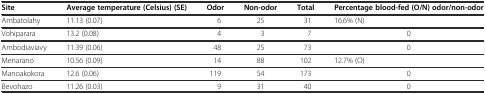
<table><thead><tr><td><b>Site</b></td><td><b>Average temperature (Celsius) (SE)</b></td><td><b>Odor</b></td><td><b>Non-odor</b></td><td><b>Total</b></td><td><b>Percentage blood-fed (O/N) odor/non-odor</b></td></tr></thead><tbody><tr><td>Ambatolahy</td><td>11.13 (0.07)</td><td>6</td><td>25</td><td>31</td><td>16.6% (N)</td></tr><tr><td>Vohiparara</td><td>13.2 (0.08)</td><td>4</td><td>3</td><td>7</td><td>0</td></tr><tr><td>Ambodiaviavy</td><td>11.39 (0.06)</td><td>48</td><td>25</td><td>73</td><td>0</td></tr><tr><td>Menarano</td><td>10.56 (0.09)</td><td>14</td><td>88</td><td>102</td><td>12.7% (O)</td></tr><tr><td>Manoakokora</td><td>12.6 (0.06)</td><td>119</td><td>54</td><td>173</td><td>0</td></tr><tr><td>Bevohazo</td><td>11.26 (0.03)</td><td>9</td><td>31</td><td>40</td><td>0</td></tr></tbody></table>